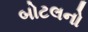
બોટલનો